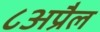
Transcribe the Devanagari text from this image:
८अप्रैल